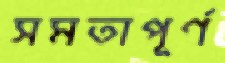
সমতাপূর্ণ